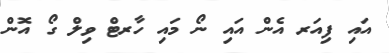
އައި ފިއަރ އެން އައި ނޯ މައި ހާރޓް ވިލް ގޯ އޮން